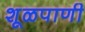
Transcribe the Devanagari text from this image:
शूळपाणी